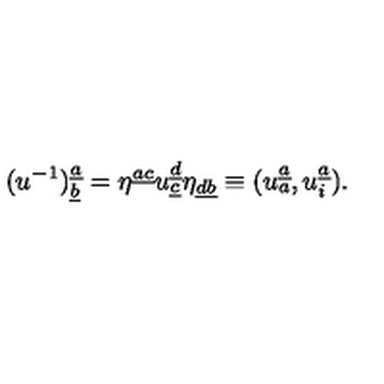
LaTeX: ( u ^ { - 1 } ) _ { \underline { b } } ^ { \underline { a } } = \eta ^ { \underline { { a c } } } u _ { \underline { c } } ^ { \underline { d } } \eta _ { \underline { { d b } } } \equiv ( u _ { a } ^ { \underline { a } } , u _ { i } ^ { \underline { a } } ) .